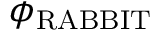
\phi _ { \mathrm { R A B B I T } }